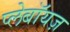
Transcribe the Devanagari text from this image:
प्लेबॉयज़